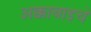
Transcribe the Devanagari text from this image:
अक्काबाइचे